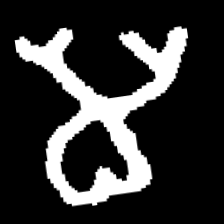
Pyu character \u2014 Myanmar letter: မ (romanized: ma)